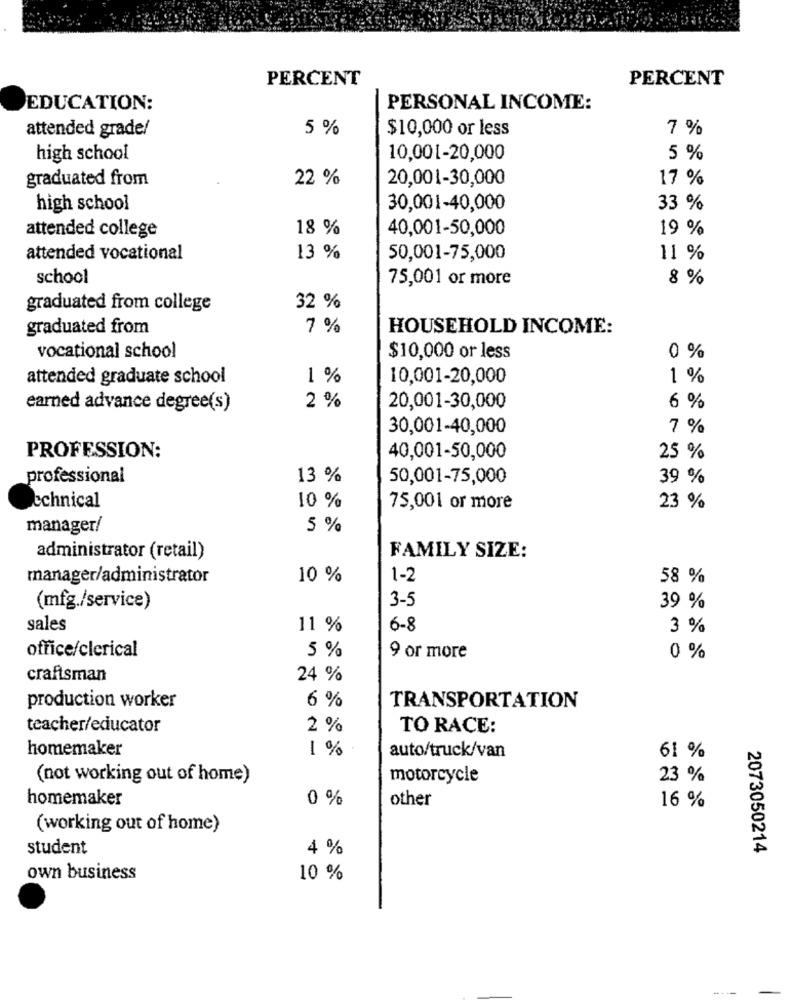
PERCENT
PERCENT
EDUCATION:
PERSONAL INCOME:
attended grade/
5 %
$10,000 or less
7 %
high school
10,001-20,000
5 %
graduated from
22 %
20,001-30,000
17 %
high school
30,001-40,000
33 %
attended college
18 %
40,001-50,000
19 %
attended vocational
13 %
50,001-75,000
11 %
school
75,001 or more
8 %
graduated from college
32 %
graduated from
7 %
HOUSEHOLD INCOME:
vocational school
$10,000 or less
0 %
attended graduate school
1 %
10,001-20,000
1 %
earned advance degree(s)
2 %
20,001-30,000
6 %
30,001-40,000
7 %
PROFESSION:
40,001-50,000
25 %
professional
13 %
50,001-75,000
39 %
10 %
echnical
75,001 or more
23 %
manager/
5 %
administrator (retail)
FAMILY SIZE:
manager/administrator
10 %
1-2
58 %
(mfg./service)
3-5
39 %
sales
11 %
6-8
3 %
office/clerical
5 %
9 or more
0 %
craftsman
24 %
production worker
6 %
TRANSPORTATION
teacher/educator
2 %
TO RACE:
homemaker
1 %
auto/truck/van
61 %
(not working out of home)
motorcycle
23 %
homemaker
0 %
other
16 %
(working out of home)
student
4 %
2073050214
own business
10 %